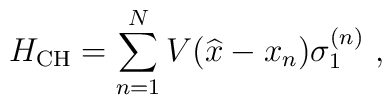
H_{\rm CH} = \sum_{n=1}^{N}  V(\widehat{x}- x_n)  \sigma_{1}^{(n)} \ ,